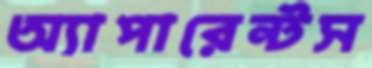
অ্যাপারেন্টস